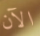
الآن